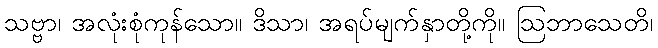
သဗ္ဗာ၊ အလုံးစုံကုန်သော။ ဒိသာ၊ အရပ်မျက်နှာတို့ကို။ ဩဘာသေတိ၊